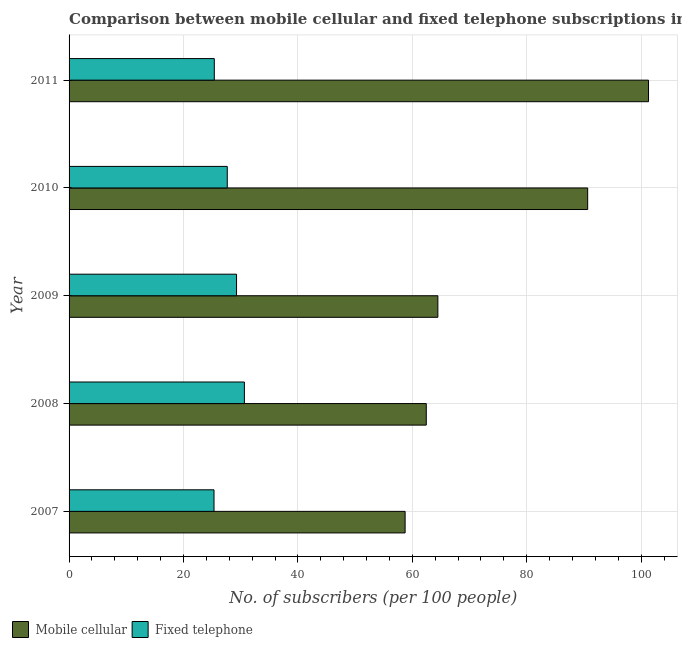
| Year | Mobile cellular | Fixed telephone |
 | --- | --- | --- |
 | 2007 | 58.7 | 25.3 |
 | 2008 | 62.4 | 30.6 |
 | 2009 | 64.5 | 29.3 |
 | 2010 | 90.6 | 27.7 |
 | 2011 | 101 | 25.4 |